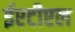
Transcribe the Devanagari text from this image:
ईएटीएल